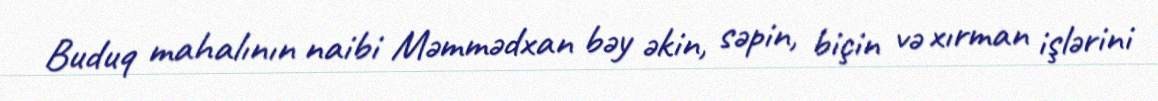
Buduq mahalının naibi Məmmədxan bəy əkin, səpin, biçin və xırman işlərini